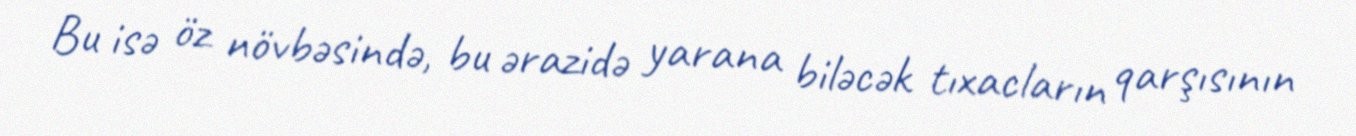
Bu isə öz növbəsində, bu ərazidə yarana biləcək tıxacların qarşısının